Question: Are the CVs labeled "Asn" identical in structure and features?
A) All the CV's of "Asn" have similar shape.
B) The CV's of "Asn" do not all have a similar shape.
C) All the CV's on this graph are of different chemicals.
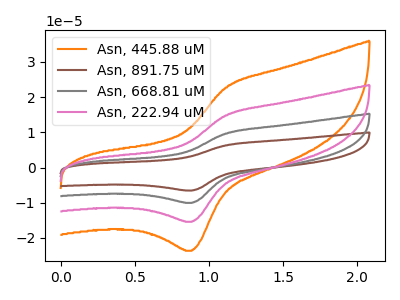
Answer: <think>The orange curve "Asn, 445.88 uM" has an anodic peak at (1.10V, 22.70uA) and a cathodic peak at (0.90V, -23.65uA). The brown curve "Asn, 891.75 uM" has an anodic peak at (1.10V, 44.45uA) and a cathodic peak at (0.90V, -46.25uA). The gray curve "Asn, 668.81 uM" has an anodic peak at (1.10V, 29.60uA) and a cathodic peak at (0.90V, -30.85uA). The pink curve "Asn, 222.94 uM" has an anodic peak at (1.10V, 14.80uA) and a cathodic peak at (0.90V, -15.40uA).
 All the peaks in "Asn, 445.88 uM" have a peak in "Asn, 891.75 uM" at the same potential. Every peak in "Asn, 445.88 uM" is lower than every peak in "Asn, 891.75 uM". All the peaks in "Asn, 445.88 uM" have a peak in "Asn, 668.81 uM" at the same potential. Every peak in "Asn, 445.88 uM" is lower than every peak in "Asn, 668.81 uM". All the peaks in "Asn, 445.88 uM" have a peak in "Asn, 222.94 uM" at the same potential. Every peak in "Asn, 445.88 uM" is higher than every peak in "Asn, 222.94 uM". All the peaks in "Asn, 891.75 uM" have a peak in "Asn, 668.81 uM" at the same potential. Every peak in "Asn, 891.75 uM" is higher than every peak in "Asn, 668.81 uM". All the peaks in "Asn, 891.75 uM" have a peak in "Asn, 222.94 uM" at the same potential. Every peak in "Asn, 891.75 uM" is higher than every peak in "Asn, 222.94 uM". All the peaks in "Asn, 668.81 uM" have a peak in "Asn, 222.94 uM" at the same potential. Every peak in "Asn, 668.81 uM" is higher than every peak in "Asn, 222.94 uM".</think>
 <answer>A) All the CV's of "Asn" have similar shape.</answer>
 <eval>A</eval>